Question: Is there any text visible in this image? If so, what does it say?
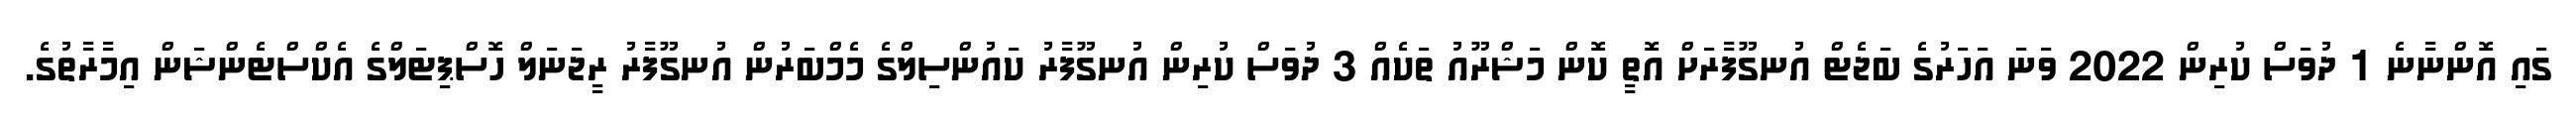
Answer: ގައި އޮންނާނެ 1 ދުވަސް ކުރިން 2022 ވަނަ އަހަރުގެ ބަޖެޓް އުނގޫފާރަށް އޮތީ ކޮން މަޝްރޫއު ތަކެއް 3 ދުވަސް ކުރިން އުނގޫފާރު ކައުންސިލްގެ މެމްބަރުން އުނގޫފާރު ރީޖަނަލް ހޮސްޕިޓަލްގެ އެކްސްޓެންޝަން އިމާރާތުގެ.